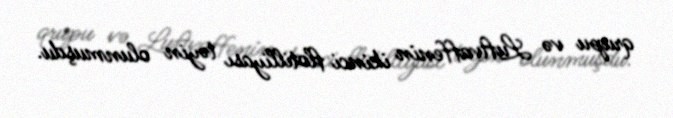
qrupu və Luftvaffenin ikinci flotilliyası təyin olunmuşdu.